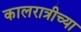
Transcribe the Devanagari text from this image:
कालरात्रीच्या